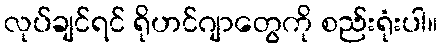
လုပ်ချင်ရင် ရိုဟင်ဂျာတွေကို စည်းရုံးပါ။